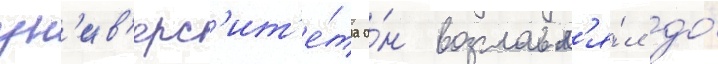
ун'ив'ерс'ит'е́та о́н возглавл'я́л до́